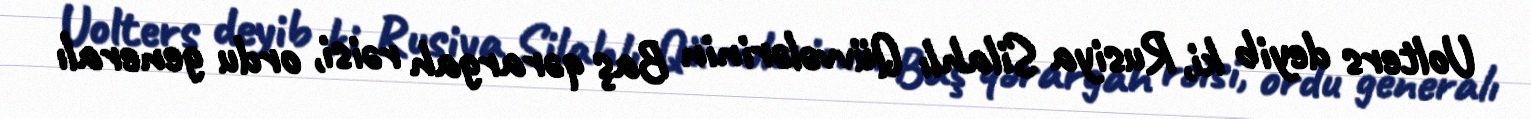
Uolters deyib ki, Rusiya Silahlı Qüvvələrinin Baş qərargah rəisi, ordu generalı